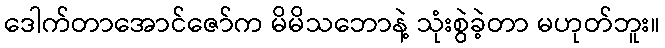
ဒေါက်တာအောင်ဇော်က မိမိသဘောနဲ့ သုံးစွဲခဲ့တာ မဟုတ်ဘူး။